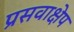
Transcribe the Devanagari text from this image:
प्रसवाक्षेप